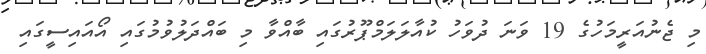
މި ޖެނުއަރީމަހުގެ 19 ވަނަ ދުވަހު ކުއާލަލަމްޕޫރުގައި ބާއްވާ މި ބައްދަލުވުމުގައި އޯއައިސީގައި